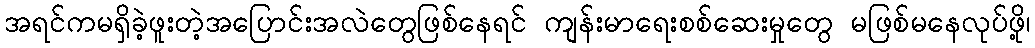
အရင်ကမရှိခဲ့ဖူးတဲ့အပြောင်းအလဲတွေဖြစ်နေရင် ကျန်းမာရေးစစ်ဆေးမှုတွေ မဖြစ်မနေလုပ်ဖို့၊